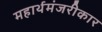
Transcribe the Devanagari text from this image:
महार्थमंजरीकार